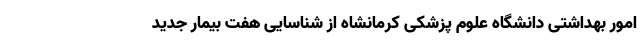
امور بهداشتی دانشگاه علوم پزشکی کرمانشاه از شناسایی هفت بیمار جدید